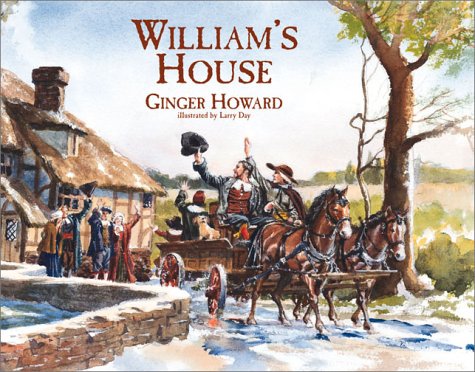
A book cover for William's House; Ginger Howard; Children's Books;